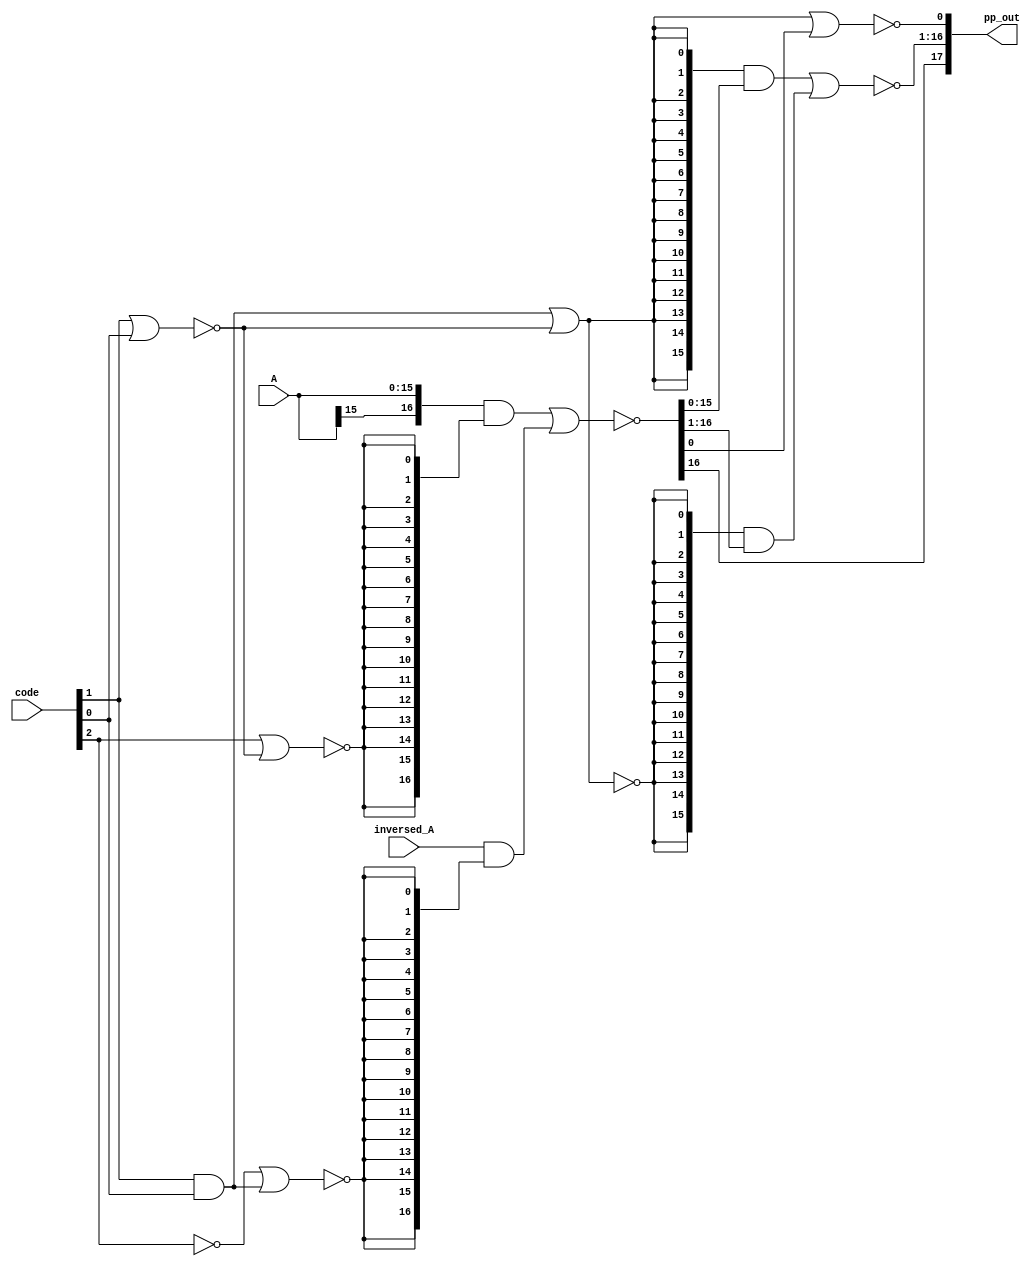
`timescale 1ns / 1ps
//////////////////////////////////////////////////////////////////////////////////
// Module Name: booth2_pp_decoder
// Description: 3bit booth Radix-4,
// Resource:     //---------------------------------------------
                 //|  Gate  |  Gate count  | Transistor count  |
                 //---------------------------------------------
                 //|  AND   |  1           | 6                 | 
                 //|  OR    |  0           | 0                 |
                 //|  NOT   |  2           | 4                 |  
                 //|  NAND  |  0           | 0                 |
                 //|  NOR   |  5           | 20                | 
                 //|  AOI4  |  33          | 264               |
                 //|  XNOR  |  0           | 0                 |
                 //|  XOR   |  0           | 0                 |
                 //---------------------------------------------
                 //| summary|  41          | 294               |
                 //---------------------------------------------
//////////////////////////////////////////////////////////////////////////////////
module booth2_pp_decoder(
        input wire  [2:0]       code        ,  //3bit
        input wire  [15:0]      A           ,  //A
        input wire  [16:0]      inversed_A  ,  //(-A)
        
        output wire [17:0]      pp_out         //,18bit,
    );
    
    wire [16:0] pp_source    ;//(),A-A
    
        //flag,
    //--------------------------------------------
    //|  pp  |  flag_2x  | flag_s1   |  flag_s2  |
    //|  A   |     0     |     0     |     1     |
    //|  -A  |     0     |     1     |     0     |
    //|  2A  |     1     |     0     |     1     |   
    //|  -2A |     1     |     1     |     0     |
    //|  0   |     x     |     0     |     0     |    
    //---------------------------------------------
    
    //
    //,
    wire not_c2             ;  //code[2]
    wire c1_and_c0          ;  //code[1] & code[0]
    wire c1_nor_c0          ;  //code[1]  code[0]
    wire nor_o2             ;  //""
    
    //flag
    wire    flag_2x         ;
    wire    flag_s1         ;
    wire    flag_s2         ;
    
    //
    //2NOT,1AND,4NOR,26MOS()
    //
    assign not_c2       = ~code[2]                  ;//NOT
    assign c1_and_c0    = code[1] & code[0]         ;//AND
    assign c1_nor_c0    = ~(code[1] | code[0])      ;//NOR
    assign nor_o2       = ~(c1_and_c0 | c1_nor_c0)  ;//NOR
    
    //flag
    assign flag_2x      = ~nor_o2                   ;//NOT
    assign flag_s1      = ~(not_c2 | c1_and_c0)     ;//NOR
    assign flag_s2      = ~(code[2] | c1_nor_c0)    ;//NOR
    
    
    //flag_2xflag,,""nor_o2
    // 
    wire    flag_not_2x = nor_o2; 
    
    //A-A
    //A2A,A
    //-A-2A,-A
    //:,A,~A
    //17AOI4

    assign pp_source = ~(({{A[15]}, A}  & {17{flag_s2}}) | (inversed_A & {17{flag_s1}}));
    
    
    //flag_2xflag_not_2x2
    
    //(pp_out[0])A-A1,2A-2A0
    //pp_out[0]
    //1NOR
    assign pp_out[0] = ~(flag_2x | pp_source[0]);
    
    //flag_2xflag_not_2x,
    //pp_out[i] = flag_2x & (~pp_source[i-1]) + flag_not_2x & ~(pp_source[i])
    //,
    //16AOI4
    assign pp_out[16:1] = ~(({16{flag_2x}} & pp_source[15:0]) | ({16{flag_not_2x}} & pp_source[16:1]));
    
    //A-A,pp_source[17],pp_source[17] = pp_source[16]
    //pp_out[17] = ~(flag_2x & pp_source[16] + flag_not_2x & pp_source[17]) = 
    // = ~(flag_2x & pp_source[16] + flag_not_2x & pp_source[16]) = ~pp_source[16];
    
    
    //,PP2-PP8,,,
    //
    //
    assign pp_out[17] = pp_source[16];
    
endmodule